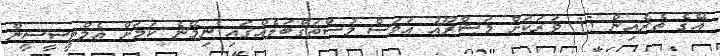
އޭގެ ތެރެއިން 15 ވަރަކަށް މަޝްރޫއު އަވަސް މުސްތަގްބަލެއްގައި ނިމޭނެ ކަމަށް އެމްޓީސީސީން